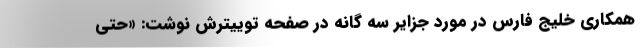
همکاری خلیج فارس در مورد جزایر سه گانه در صفحه توییترش نوشت: «حتی